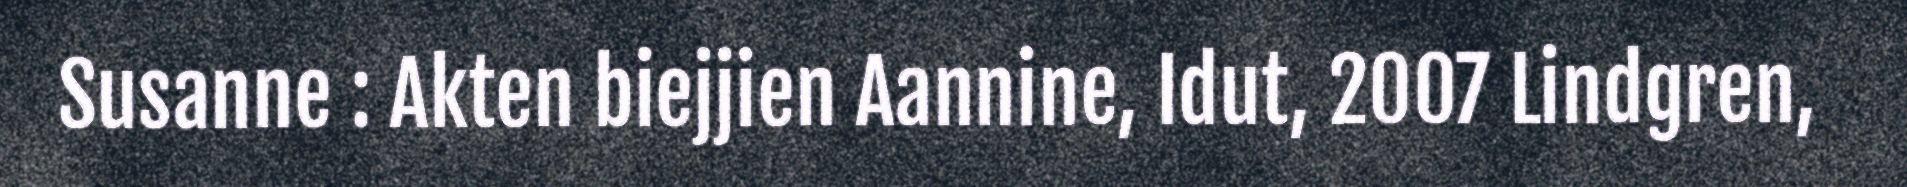
Susanne : Akten biejjien Aannine, Idut, 2007 Lindgren,